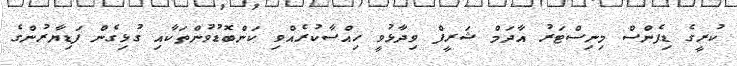
ކުރީގެ ޑިފެންސް މިނިސްޓަރު އާދަމް ޝަރީފް ވިދާޅުވީ ހިއްސާކުރެއްވި ކަންބޮޑުވުންތަކާއި ގުޅިގެން ފަޑިޔާރުންގެ